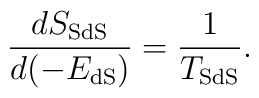
\frac{dS_{\rm SdS}}{d(-E_{\rm dS})}=\frac{1}{T_{\rm SdS}}.